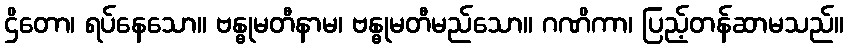
ဌိတော၊ ရပ်နေသော။ ဗန္ဓုမတီနာမ၊ ဗန္ဓုမတီမည်သော။ ဂဏိကာ၊ ပြည့်တန်ဆာမသည်။